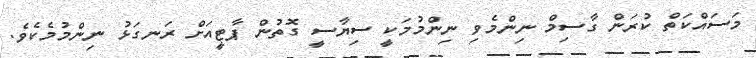
މަސައްކަތް ކުރަން ގާސިމް ނިންމެވި ނިންމުމަކީ ސިޔާސީ ގޮތުން ޕާޓީއަށް ރަނގަޅު ނިންމުމެކެވެ.